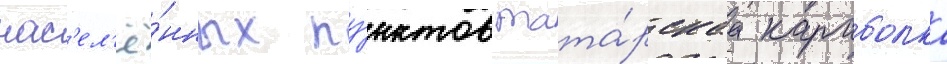
нас'ел'ё́нных пу́нктов тата́рскаа караболка